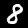
Label: 8